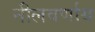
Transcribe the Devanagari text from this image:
नीलवर्णाय